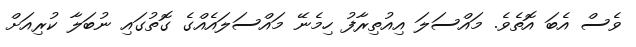
ވެސް އެބަ އޮތެވެ. މައްސަލަ އިއުތިރާފު ހިމެނޭ މައްސަލައެއްގެ ގޮތުގައި ނުބަލާ ކުރިއަށް